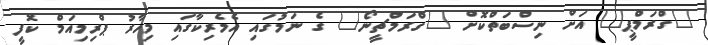
"ގްރަމްޕީ" އަށް ނިސްބަތްކޮށް "ގްރަމްޗީނޯ" ގެ ނަމުގައި އެމެރިކާގައި މިހާރު ޕްރިމިއަމް ކޮފީ